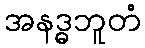
အနဒ္ဓဘူတံ